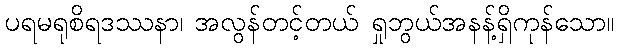
ပရမရုစိရဒဿနာ၊ အလွန်တင့်တယ် ရှုဘွယ်အနန့်ရှိကုန်သော။